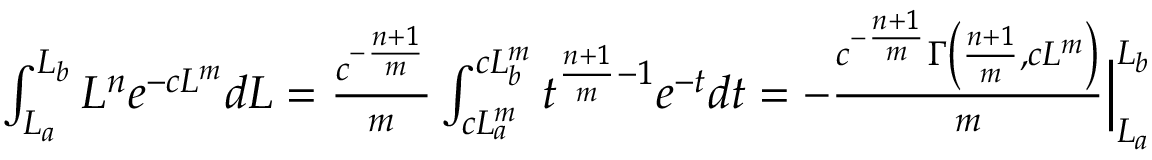
\begin{array} { r } { \int _ { L _ { a } } ^ { L _ { b } } L ^ { n } e ^ { - c L ^ { m } } d L = \frac { c ^ { - \frac { n + 1 } { m } } } { m } \int _ { c L _ { a } ^ { m } } ^ { c L _ { b } ^ { m } } t ^ { \frac { n + 1 } { m } - 1 } e ^ { - t } d t = - \frac { c ^ { - \frac { n + 1 } { m } } \Gamma \left( \frac { n + 1 } { m } , c L ^ { m } \right) } { m } \Big | _ { L _ { a } } ^ { L _ { b } } } \end{array}